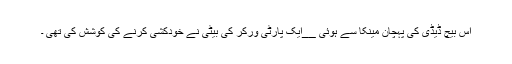
اس بیچ ڈیڈی کی پہچان مینکا سے ہوئی __ایک پارٹی ورکر کی بیٹی نے خودکشی کرنے کی کوشش کی تھی ۔